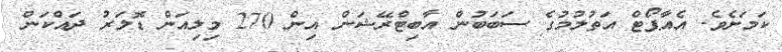
ކަމަށެވެ. އެއާޕޯޓް އަތުލުމުގެ ސަބަބުން އާބިޓްރޭޝަން އިން 270 މިލިއަން ޑޮލަރު ދައްކަން